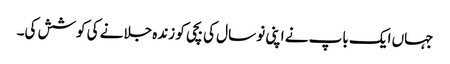
جہاں ایک باپ نے اپنی نو سال کی بچی کو زندہ جلانے کی کوشش کی۔